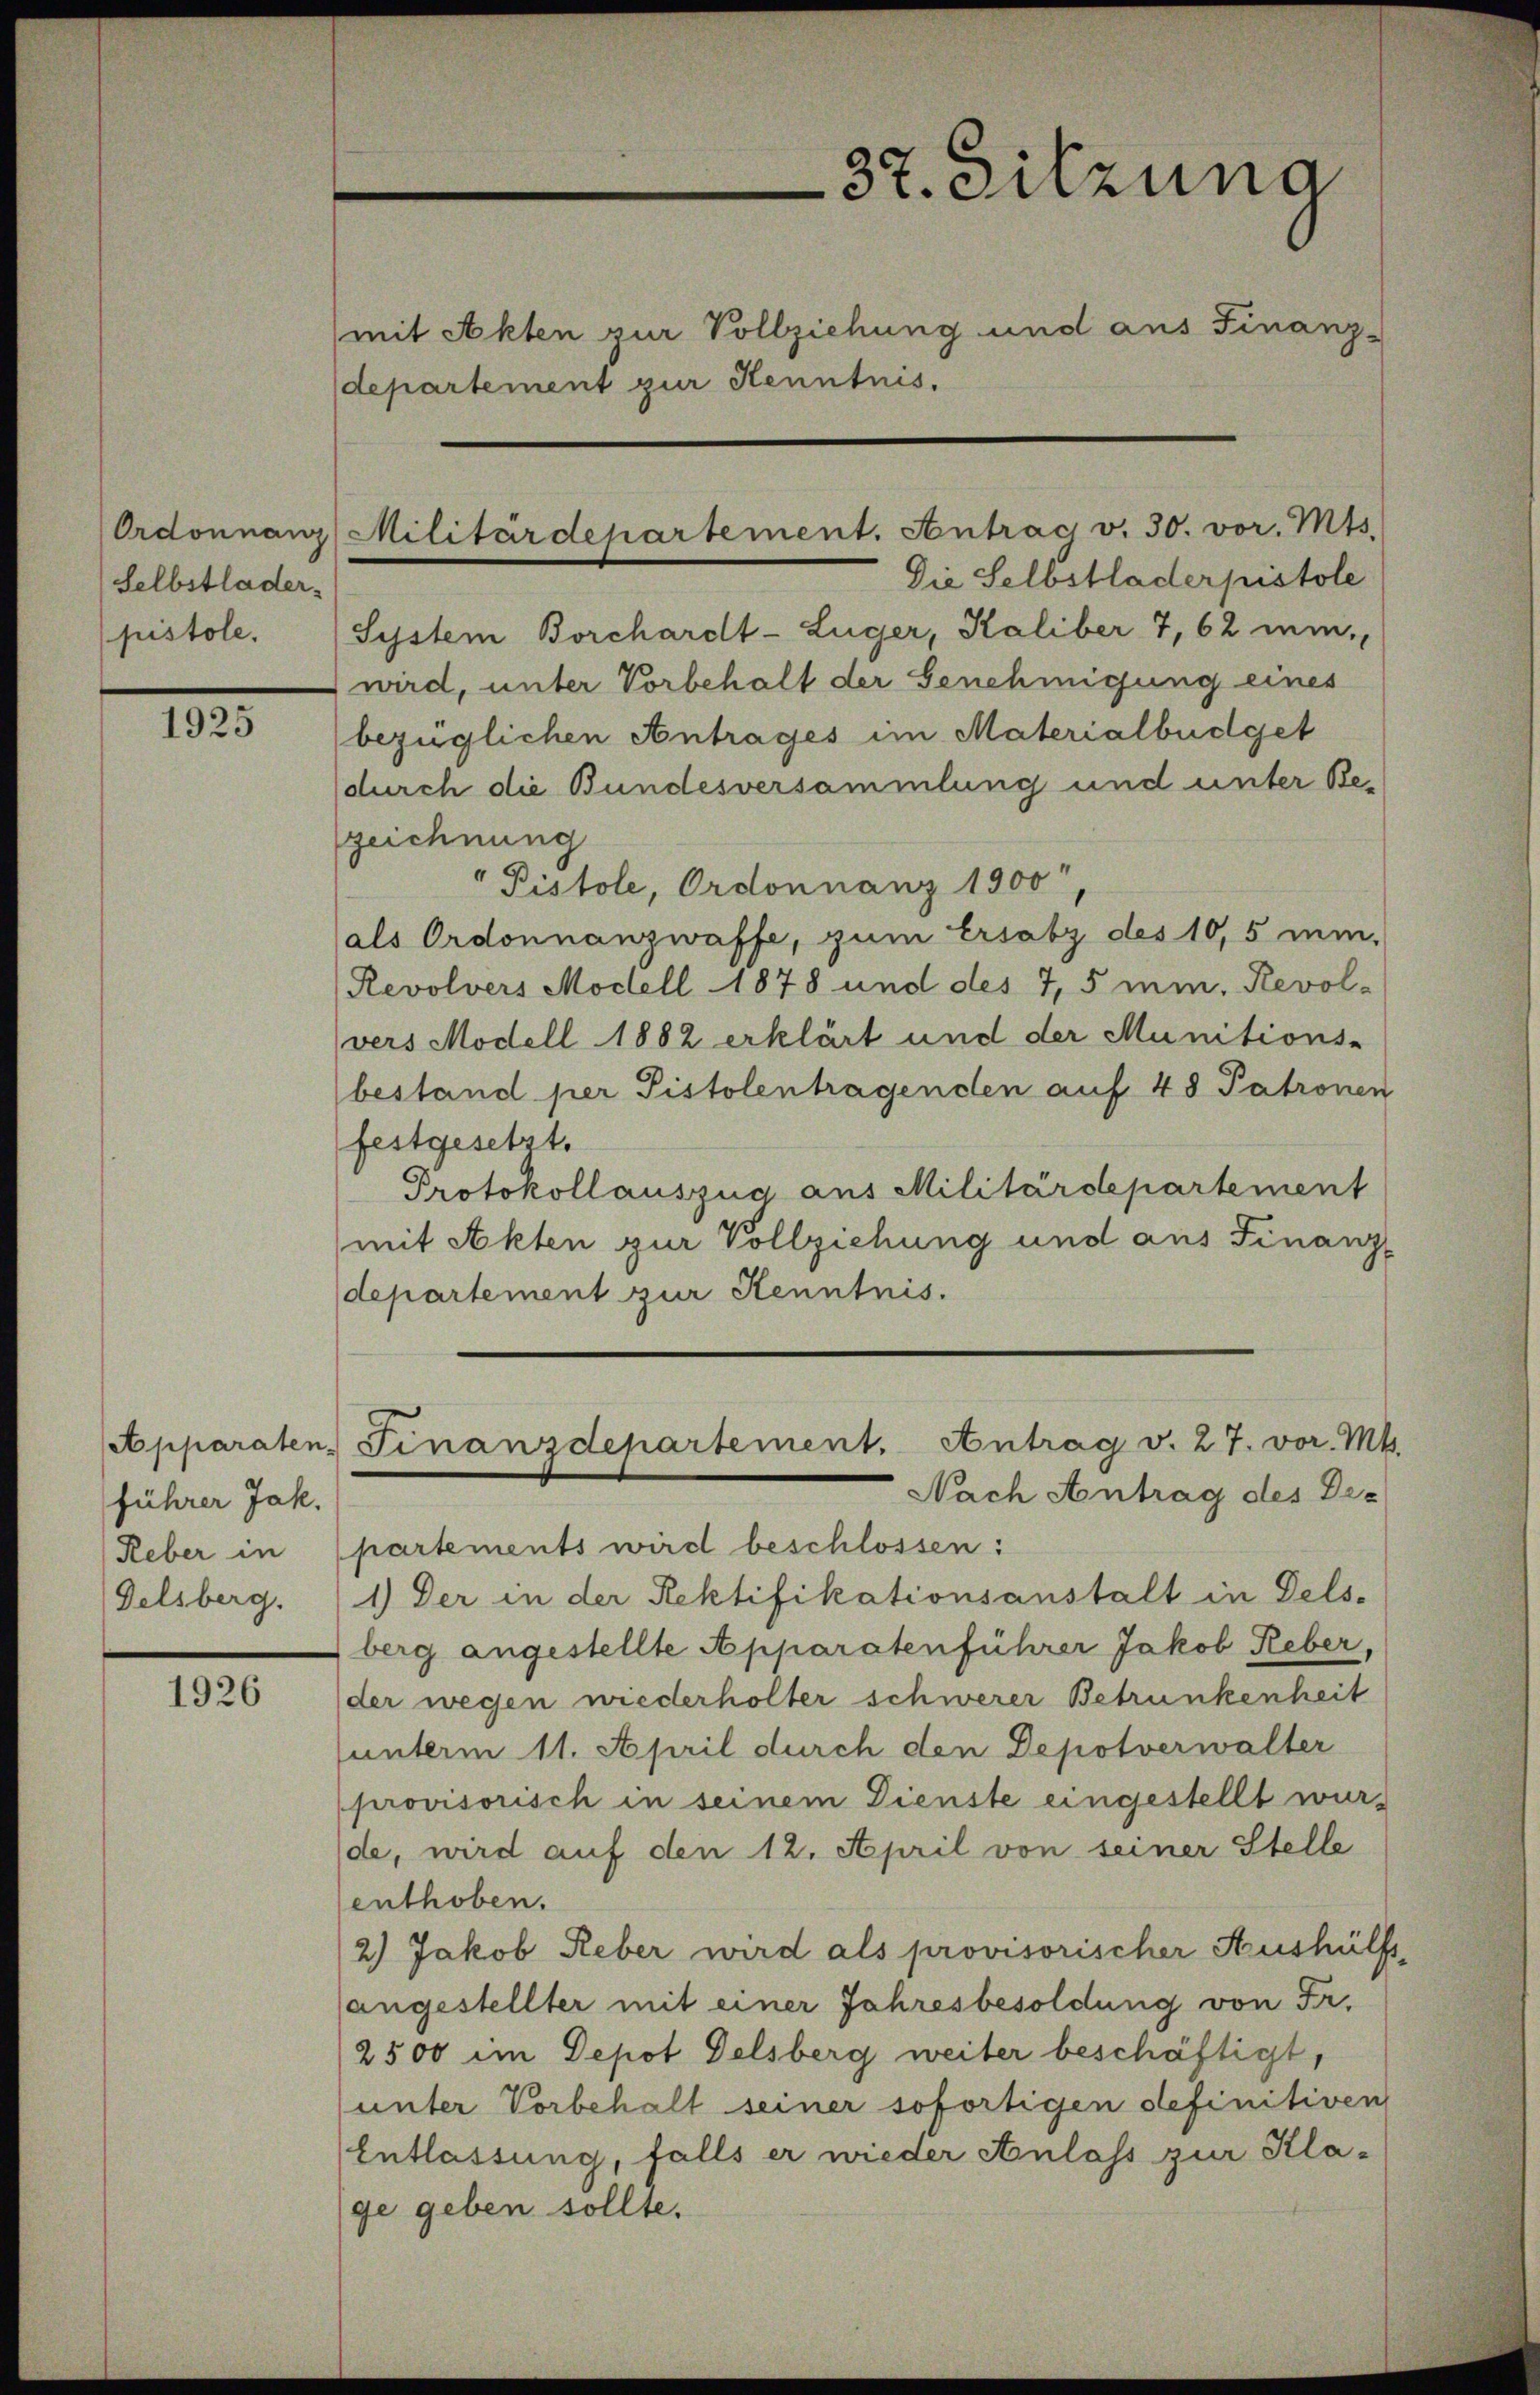
Ordonnanz
Selbstlader-
pistole.

1925

Apparaten.
führer Jak.
Reber in
Delsberg.

1926

37. Sitzung
mit Akten zur Vollziehung und aus Finanz-
departement zur Kenntnis.

Militärdepartement. Antrag v. 30. vor. Mts.

Die Selbstladerpistole
System Borchardt-Luger, Kaliber 7,62 min-
wird, unter Vorbehalt der Genehmigung eines
bezüglichen Antrages im Materialbüdget
(durch die Bundesversammlung und unter Be-
zeichnung
" Pistole, Ordonnanz 1900,
als Ordonnanzwaffe, zum Ersatz des 10,5 min-
Revolvers Modell 1878 und des 7,5 min, Revol-
vers Modell 1882 erklärt und der Munitions-
bestand per Pistolentragenden auf 48 Patronen
festgesetzt.
Protokoll auszug aus Militärdepartement
mit Akten zur Vollziehung und aus Finanz
departement zur Kenntnis.
Finanzdepartement. Antrag v. 27. vor. Mts.
Nach Antrag des Die
partements wird beschlossen:
1.) Der in der Rektifikationsanstalt in Dels-
berg angestellte Apparatenführer Jakob Reber,
der wegen wiederholter schwerer Betrunkenheit
unterm 11. April durch den Depotverwalter
provisorisch in seinem Dienste eingestellt wurde, wird auf den 12. April von seiner Stelle
enthoben.
2.) Jakob Reber wird als provisorischer Aushülfs
angestellter mit einer Jahresbesoldung von Fr.
2500 im Depot Delsberg weiter beschäftigt,
(unter Vorbehalt seiner sofortigen definitiven
Entlassung, falls er wieder Anlass zur Kla-
ge geben sollte.